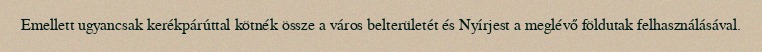
Emellett ugyancsak kerékpárúttal kötnék össze a város belterületét és Nyírjest a meglévő földutak felhasználásával.